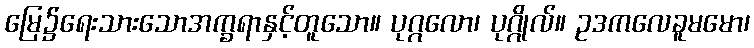
မြေ၌ရေးသားသောအက္ခရာနှင့်တူသော။ ပုဂ္ဂလော၊ ပုဂ္ဂိုလ်။ ဥဒကလေခူမမော၊